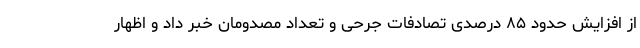
از افزایش حدود ۸۵ درصدی تصادفات جرحی و تعداد مصدومان خبر داد و اظهار